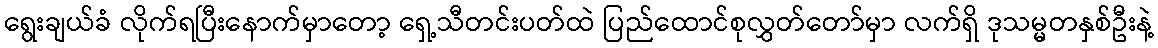
ရွေးချယ်ခံ လိုက်ရပြီးနောက်မှာတော့ ရှေ့သီတင်းပတ်ထဲ ပြည်ထောင်စုလွှတ်တော်မှာ လက်ရှိ ဒုသမ္မတနှစ်ဦးနဲ့